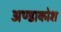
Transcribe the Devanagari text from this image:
अण्डाकोश